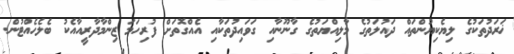
ޚަރަދުތަކުގެ ލިޔެކިޔުންތައް ދައުލަތުގެ މާލިއްޔަތުގެ ގާނޫނާއި ގަވައިދުތަކާއި އެއްގޮތަށް ފުރިހަމަ ޒިންމާދާރީއާއެކު ބެލެހެއްޓުން.